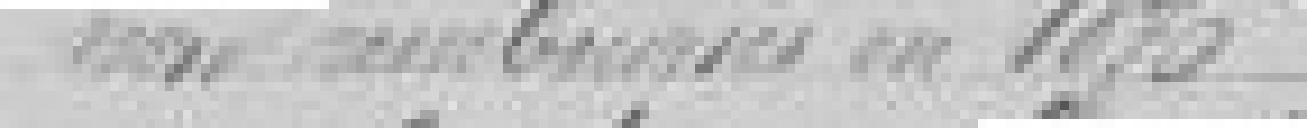
non remboursées en 1876